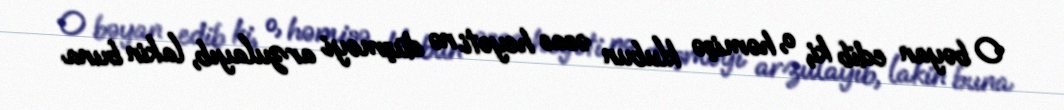
O bəyan edib ki, o, həmişə klubun əsas heyəti nə düşməyi arzulayıb, lakin buna